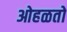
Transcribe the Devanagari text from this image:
ओहळतो